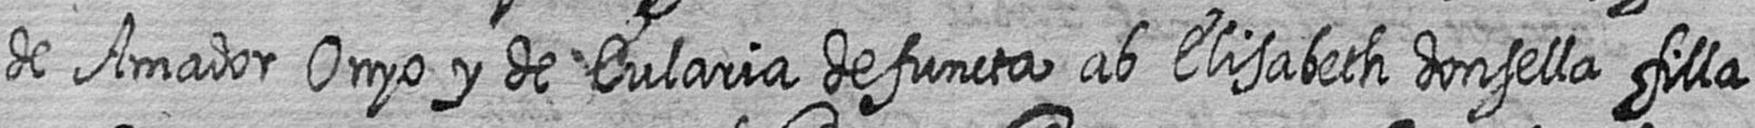
de Amador Onyo y de Eularia defuncta ab Elisabeth donsella filla